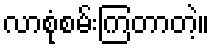
လာစုံစမ်းကြတာတဲ့။